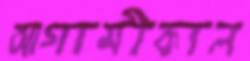
আগামীকাল